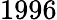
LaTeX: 1996